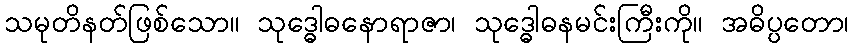
သမုတိနတ်ဖြစ်သော။ သုဒ္ဓေါဓနောရာဇာ၊ သုဒ္ဓေါဓနမင်းကြီးကို။ အဓိပ္ပတော၊